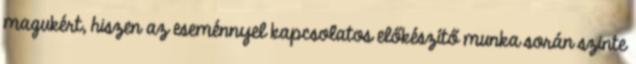
magukért, hiszen az eseménnyel kapcsolatos előkészítő munka során szinte